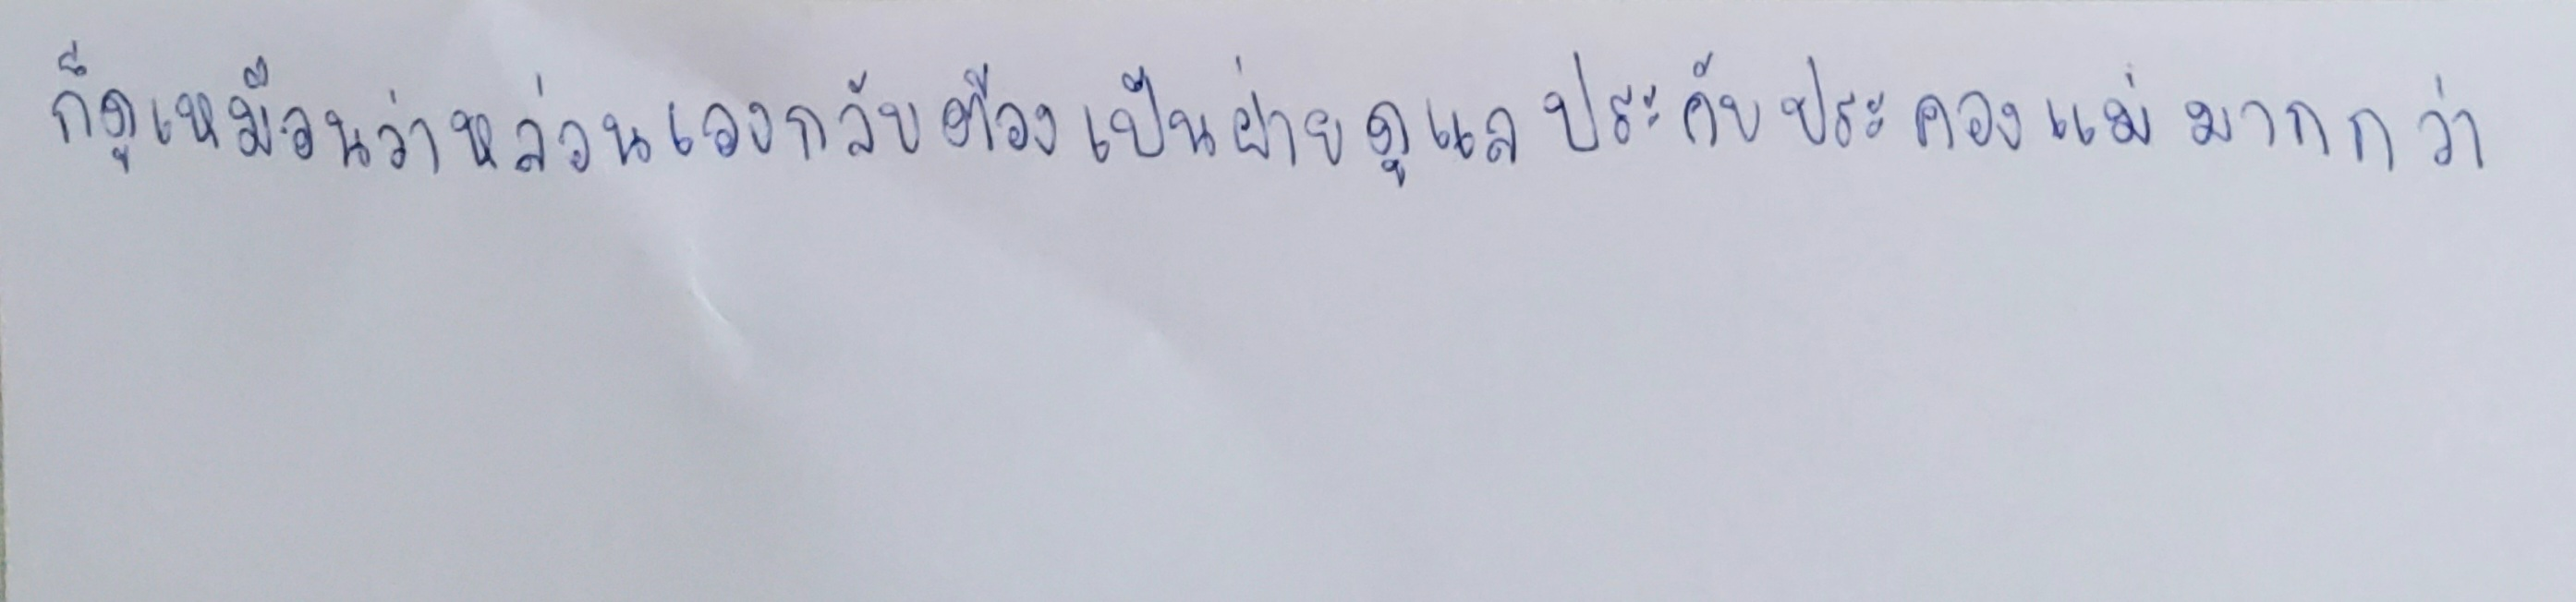
ก็ดูเหมือนว่าหล่อนเองกลับต้องเป็นฝ่ายดูแลประคับประคองแม่มากกว่า